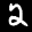
Label: 2